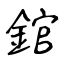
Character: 錧